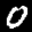
Label: 0